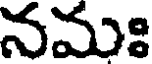
నమః